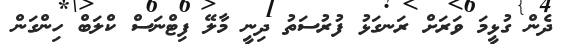
ދެން ގުޅީމަ ވަރަށް ރަނގަޅު ފުރުސަތު ދިނީ މާލޭ ފިޓްނަސް ކްލަބް ހިންގަން